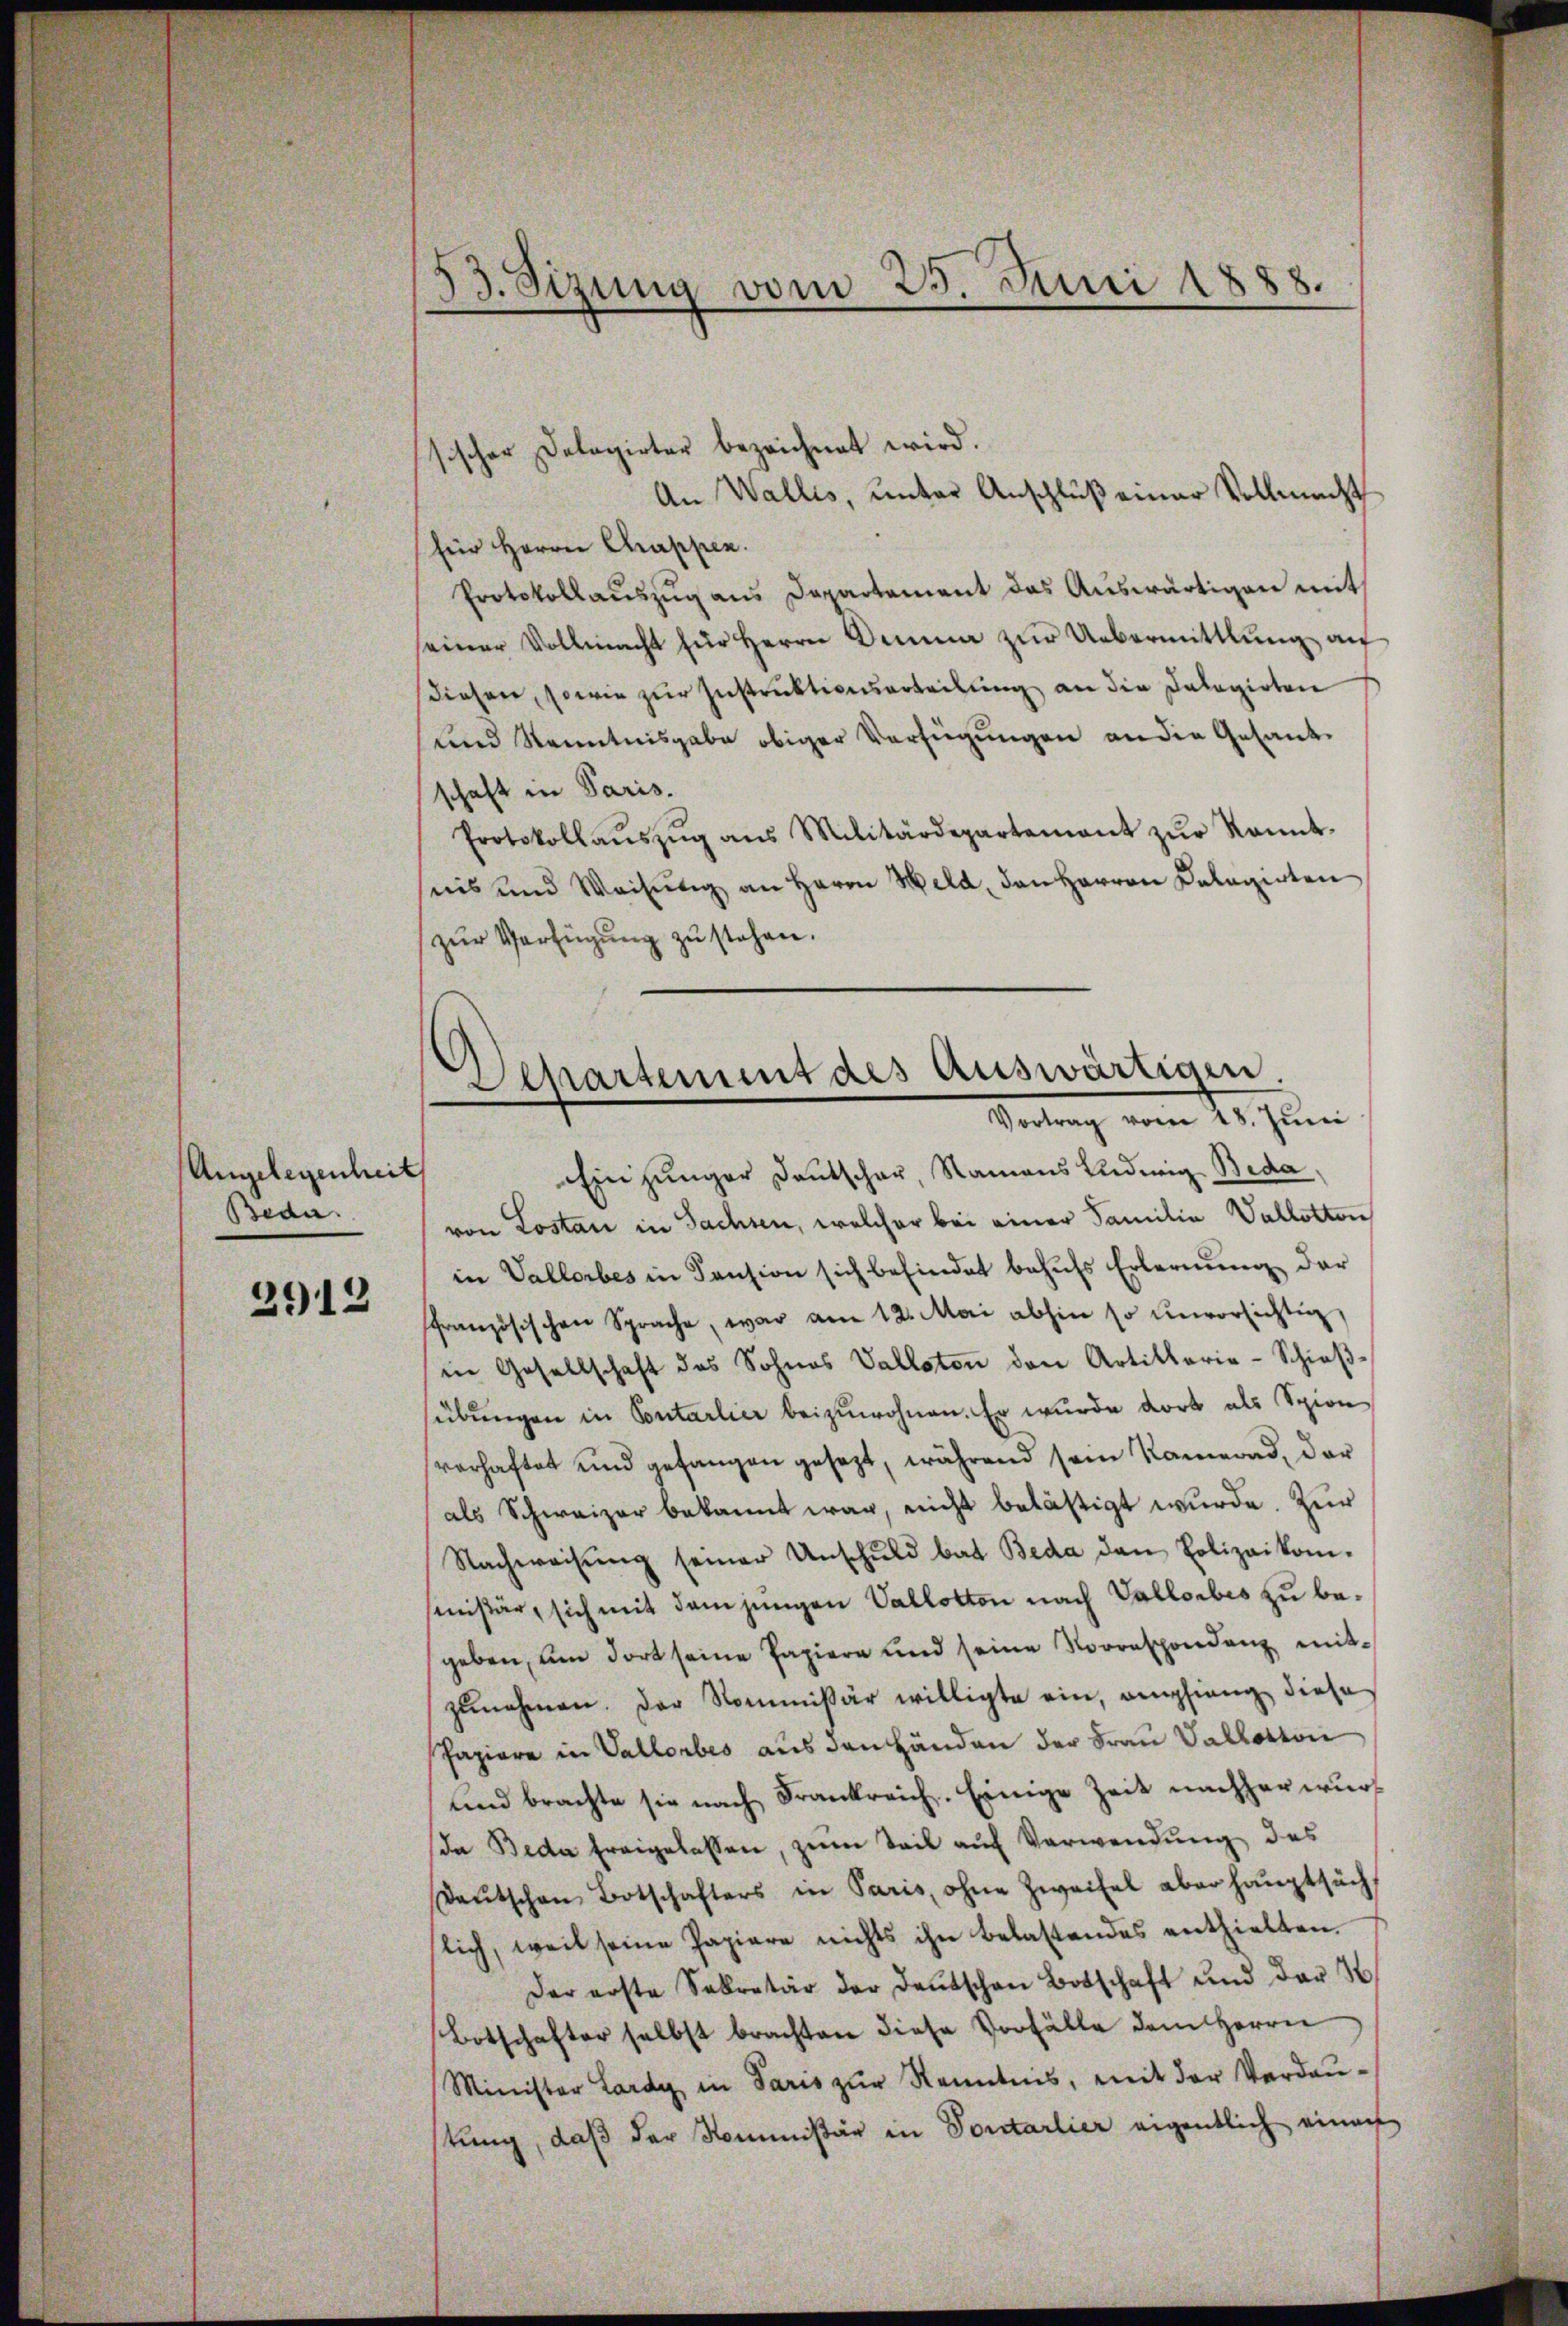
Angelegenheit
Beda

2913

33. Sizung vom 25. Juni 1888.

Departement des Auswärtigen.
Vortrag vom 18. Juni

sischer Dolagirter bezeichnet wird.
An Wallis, unter Anschluß einer Vollmacht
für Herrn Chappen.
Protokollauszug aus Departement das Auswärtigen mit
einer Vollmacht für Herrn Donna zŭr Uebermittlung an
diesen, sowie zur Instruktionsarteilung an die Dalagirten
und Kenntnisgabe obiger Verfügungen an der Gesandschaft in Paris.
Protokollaŭszŭg ans Militärdepartement zŭr kannt-
nis und Weisŭng an Herrn Held, den Herren Calagirten
zŭr Verfügung zu stehen.
Ein junger Deutschar, Namens Ludwig Beda,
von Lostan in Sachsen, welcher bei einer Familia Vallotten
in Vallorbes in Kansion sich befindet behufs Erlernung der
ffranzösischen Sprache, war am 12. Mai abhin so unvorsichtig,
in Gesellschaft des Sohnes Valloten den Artillaria-Schieβ-
sübungen in Sontarlier beizuwohnen. Er wurde dort als Spion
verhaftet und gefangen gesezt, während sein Kamerad, dar
als Schweizer bekannt war, nicht belästigt wurde. Zur
Nachweisŭng seiner Unschuld bat Beda den Polizeikom-
missär, sich mit dem jungen Vallotton nach Vallorbes zu begeben, um dort seine Papiere und seine Vorrespondenz mitzŭnehmen. Der Kommissär willigte ein, empfieng diese
Papiere in Vallorbes aus den Händen der Frau Vallosion
und brachte sie nach Frankreich. Einige Zeit nachher wurda Beda freigelassen, zum Teil auf Verwendung des
Daŭtschen Botschafters in Paris, ohne Zweifel aber haŭptsäch
slich, weil seine Papiere nichts ihn belastendes enthielten.
Der erste Sekretär der Deutschen Botschaft und der H
Botschafter selbst brachten diese Vorfälle dem Herrn
Minister Lardy in Paris zŭr Kenntnis, mit der Verdaustung, daß der Kommißär in Sontarlier eigentlich einach